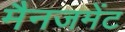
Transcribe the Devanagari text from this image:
मैनजमेंट